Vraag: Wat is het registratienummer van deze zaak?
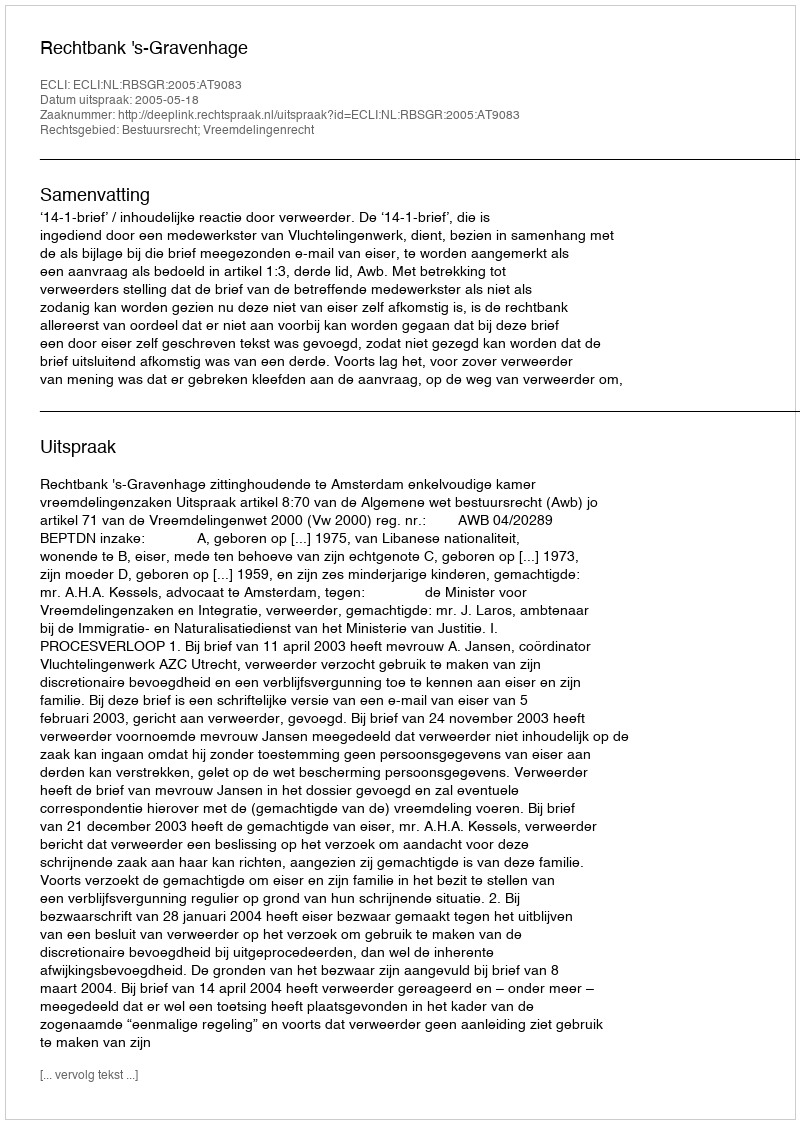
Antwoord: http://deeplink.rechtspraak.nl/uitspraak?id=ECLI:NL:RBSGR:2005:AT9083